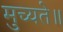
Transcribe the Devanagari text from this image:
मुच्यते॥